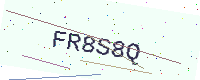
Text: FR8S8Q